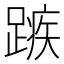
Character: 𮜆